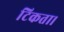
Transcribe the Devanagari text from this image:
टिकता।